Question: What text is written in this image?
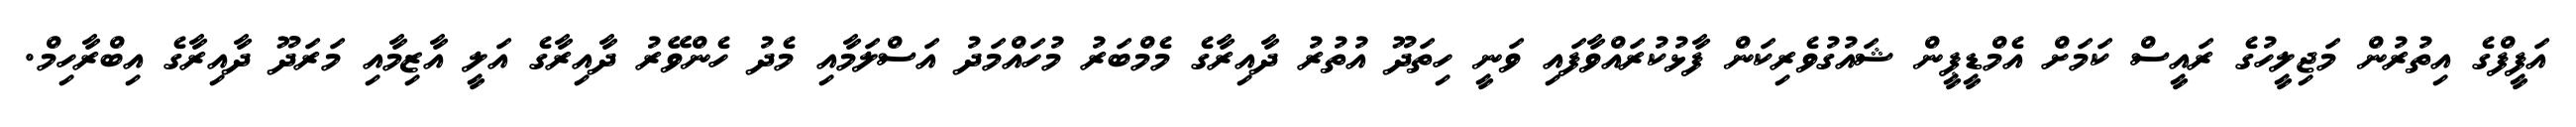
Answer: އަފީފްގެ އިތުރުން މަޖިލީހުގެ ރައީސް ކަމަށް އެމްޑީޕީން ޝައުގުވެރިކަން ފާޅުކުރައްވާފައި ވަނީ ހިތަދޫ އުތުރު ދާއިރާގެ މެމްބަރު މުހައްމަދު އަސްލަމާއި މެދު ހެންވޭރު ދާއިރާގެ އަލީ އާޒިމާއި މަރަދޫ ދާއިރާގެ އިބްރާހިމް.